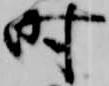
時